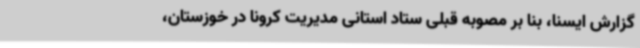
گزارش ایسنا، بنا بر مصوبه قبلی ستاد استانی مدیریت کرونا در خوزستان،